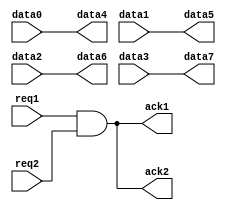
`timescale 1ns / 1ps
module passivator_4d
  #(parameter DWIDTH = 8)
   (input req1,
    output ack1,
    input [0:DWIDTH-1] data0,
	 input [0:DWIDTH-1] data1,
	 input [0:DWIDTH-1] data2,
	 input [0:DWIDTH-1] data3,
    input req2,
    output ack2,
    output [0:DWIDTH-1] data4,
	 output [0:DWIDTH-1] data5,
	 output [0:DWIDTH-1] data6,
	 output [0:DWIDTH-1] data7);

    // Passivator behaviour
    assign ack1 = (req1 & req2);
    assign ack2 = ack1;
   
    // Data passthrough
    assign data4 = data0;
	 assign data5 = data1;
	 assign data6 = data2;
	 assign data7 = data3;
endmodule